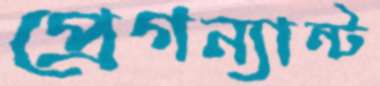
প্রেগন্যান্ট